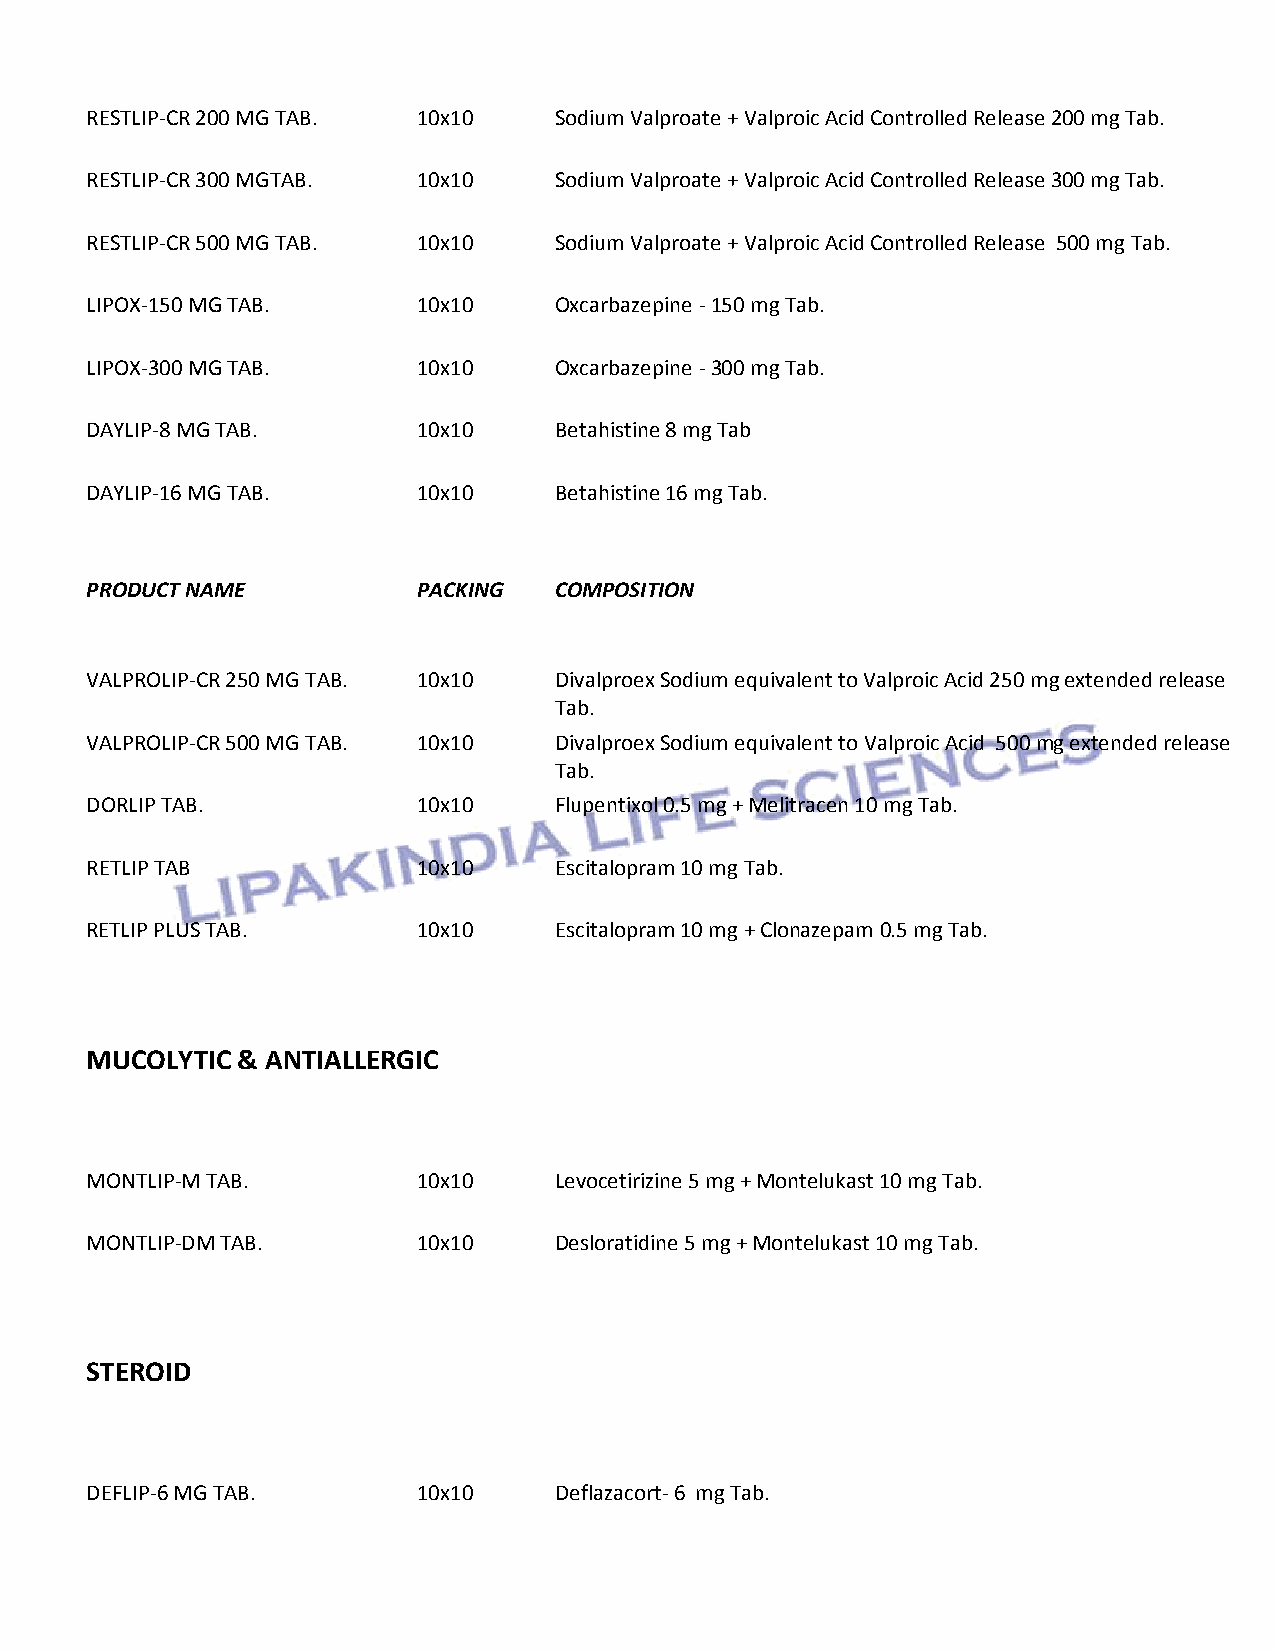
RESTLIP-CR 200 MG TAB. 10x10   Sodium Valproate + Valproic Acid Controlled Release 200 mg Tab.
 RESTLIP-CR 300 MGTAB. 10x10    Sodium Valproate + Valproic Acid Controlled Release 300 mg Tab.
 RESTLIP-CR 500 MG TAB. 10x10   Sodium Valproate + Valproic Acid Controlled Release 500 mg Tab.
 LIPOX-150 MG TAB.     10x10    Oxcarbazepine - 150 mg Tab.
 LIPOX-300 MG TAB.     10x10    Oxcarbazepine - 300 mg Tab.
 DAYLIP-8 MG TAB.      10x10    Betahistine 8 mg Tab
 DAYLIP-16 MG TAB.     10x10    Betahistine 16 mg Tab.
 PRODUCT NAME          PACKING  COMPOSITION
 VALPROLIP-CR 250 MG TAB. 10x10 Divalproex Sodium equivalent to Valproic Acid 250 mg extended release
 Tab.
 VALPROLIP-CR 500 MG TAB. 10x10 Divalproex Sodium equivalent to Valproic Acid 500 mg extended release
 Tab.
 DORLIP TAB.           10x10    Flupentixol 0.5 mg + Melitracen 10 mg Tab.
 RETLIP TAB            10x10    Escitalopram 10 mg Tab.
 RETLIP PLUS TAB.      10x10    Escitalopram 10 mg + Clonazepam 0.5 mg Tab.
 MUCOLYTIC & ANTIALLERGIC
 MONTLIP-M TAB.        10x10    Levocetirizine 5 mg + Montelukast 10 mg Tab.
 MONTLIP-DM TAB.       10x10    Desloratidine 5 mg + Montelukast 10 mg Tab.
 STEROID
 DEFLIP-6 MG TAB.      10x10    Deflazacort- 6 mg Tab.